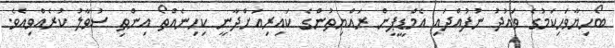
ބޯހިޔާވަހިކަމުގެ ވައުދު ނުފުއްދައި އެމްޑީޕީން ރައްޔިތުންގެ ކައިރިއަށްދާނީ ކިހިނެއްތޯ އިންތި ސުވާލު ކުރެއްވިއެވެ.